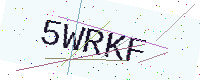
Text: 5WRKF